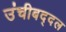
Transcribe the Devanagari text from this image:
उंचीबद्दल